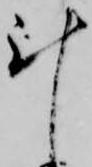
計